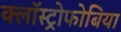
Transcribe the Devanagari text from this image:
क्लॉस्ट्रोफोबिया